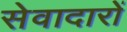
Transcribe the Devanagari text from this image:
सेवादारों